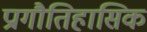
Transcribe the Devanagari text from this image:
प्रागौतिहासिक